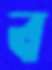
ব